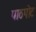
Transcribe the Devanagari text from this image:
पाठपोट